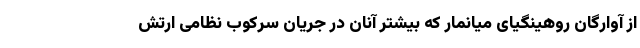
از آوارگان روهینگیای میانمار که بیشتر آنان در جریان سرکوب نظامی ارتش